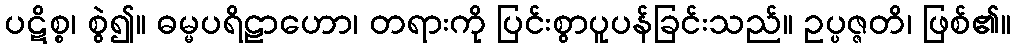
ပဋိစ္စ၊ စွဲ၍။ ဓမ္မပရိဠာဟော၊ တရားကို ပြင်းစွာပူပန်ခြင်းသည်။ ဥပ္ပဇ္ဇတိ၊ ဖြစ်၏။